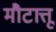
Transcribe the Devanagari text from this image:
मौटात्तू